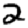
Digit: 2